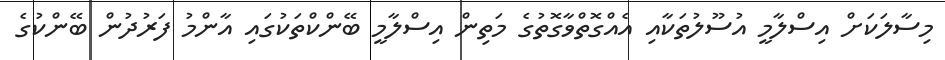
މިސާލަކަށް އިސްލާމީ އުސޫލުތަކާއި އެއްގޮތްވާގޮތުގެ މަތިން އިސްލާމީ ބޭންކްތަކުގައި އާންމު ފަރުދުން ބޭންކުގެ